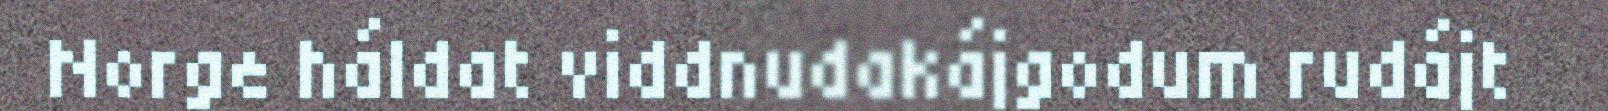
Norge háldat viddnudakájgodum rudájt